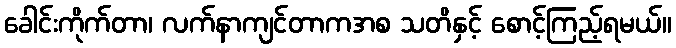
ခေါင်းကိုက်တာ၊ လက်နာကျင်တာကအစ သတိနှင့် စောင့်ကြည့်ရမယ်။